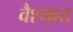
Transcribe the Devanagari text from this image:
वैश्यात